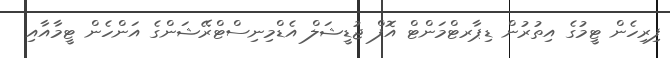
ފިރިހެން ޓީމުގެ އިތުރުން ޑިޕާރޓްމަންޓް އޮފް ޖުޑީޝަލް އެޑްމިނިސްޓްރޭޝަންގެ އަންހެން ޓީމާއާއި